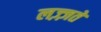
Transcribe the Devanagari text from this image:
लज़्ज़तें